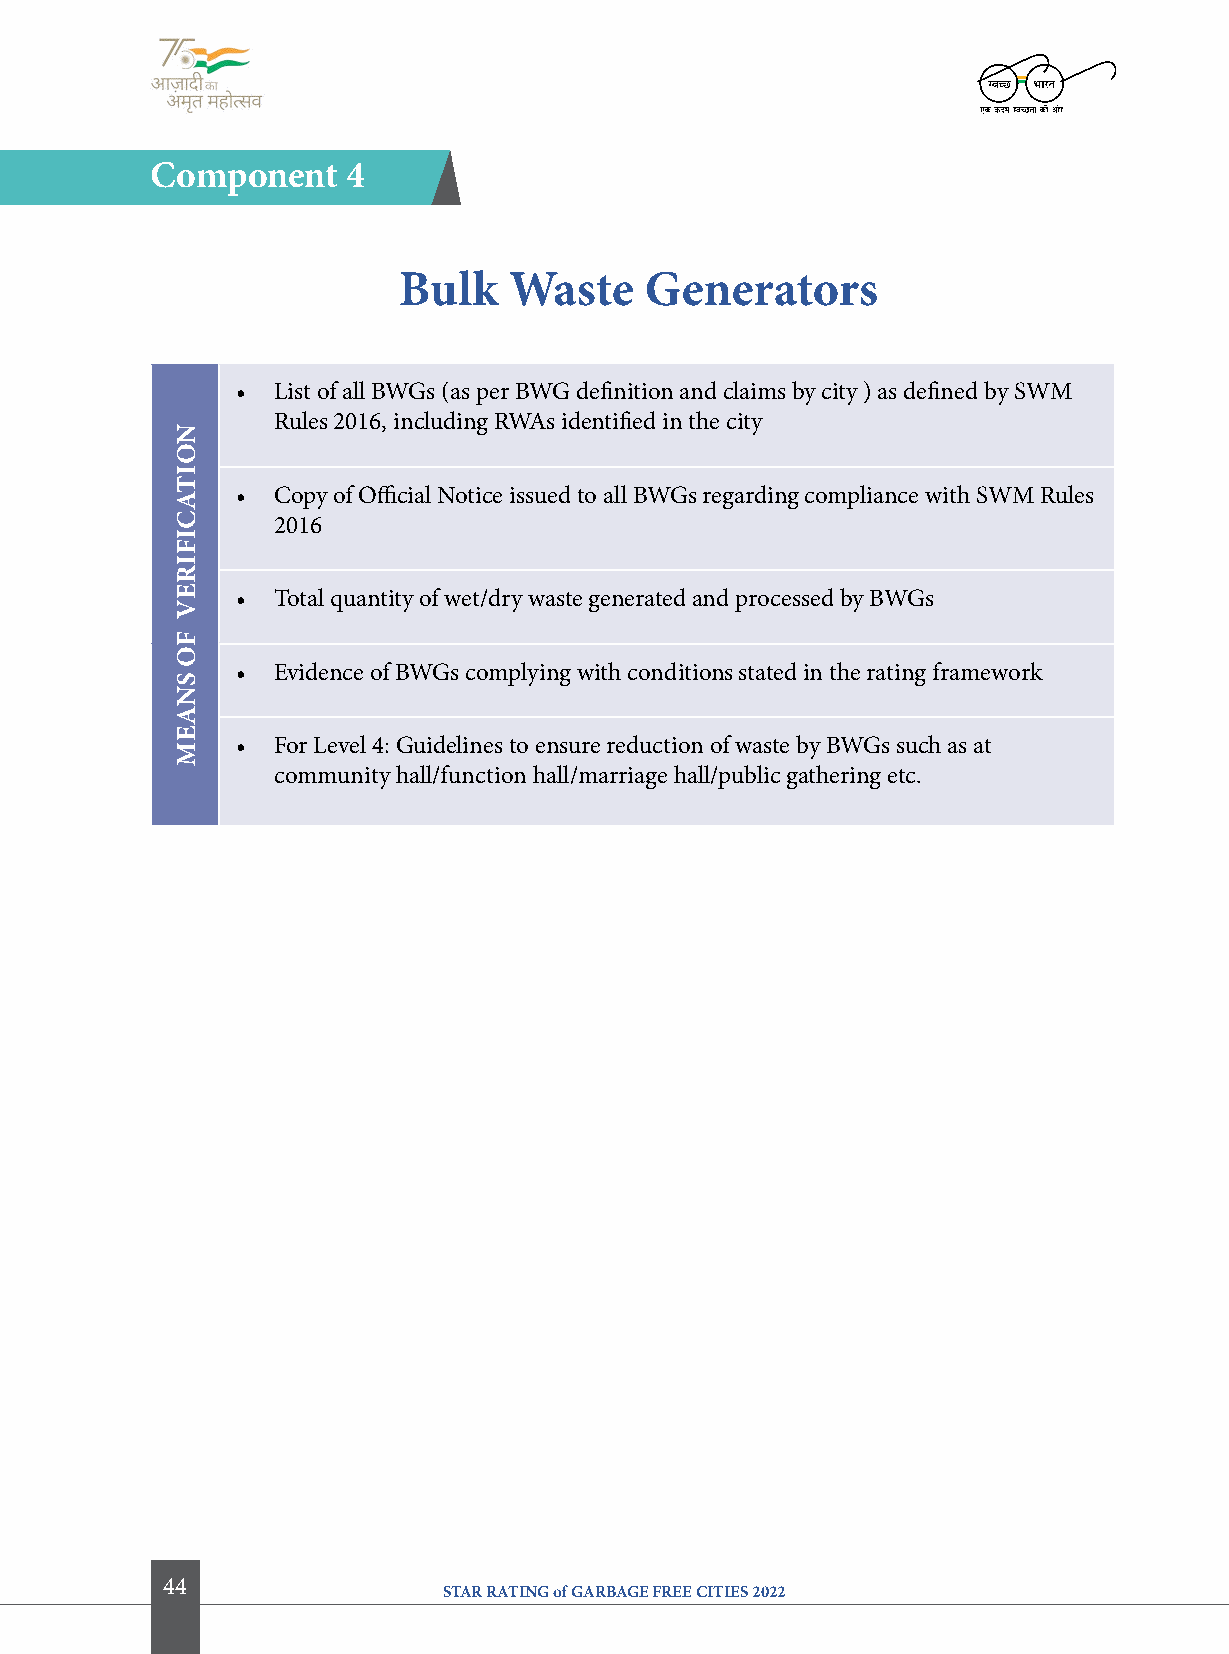
component    4
 Bulk    Waste    generators
 • List of all BWGs (as per BWG definition and claims by city ) as defined by SWM
 Rules 2016, including RWAs identified in the city
 • Copy of Official Notice issued to all BWGs regarding compliance with SWM Rules
 2016
 • Total quantity of wet/dry waste generated and processed by BWGs
 • Evidence of BWGs complying with conditions stated in the rating framework
 • For Level 4: Guidelines to ensure reduction of waste by BWGs such as at
 community hall/function hall/marriage hall/public gathering etc.
 44
 STAR RATING of GARBAGE FREE CITIES 2022
 NoitacifireV
 fo
 SNaeM